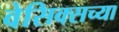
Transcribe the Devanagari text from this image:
वेसिक्सच्या